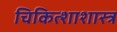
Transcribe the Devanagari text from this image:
चिकित्शाशास्त्र